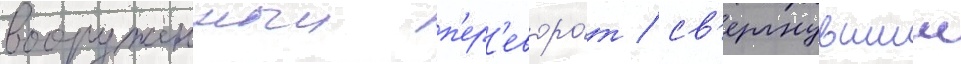
вооруженныи п'ер'еворо́т / св'ергнувшии